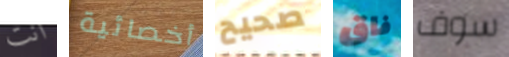
أنت أخصائية صحيح فاق سوف